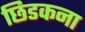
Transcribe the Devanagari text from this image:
छिडकना